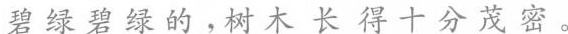
碧绿碧绿的，树木长得十分茂密。